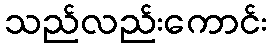
သည်လည်းကောင်း